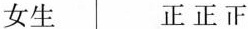
女生 正正正